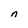
Character: n